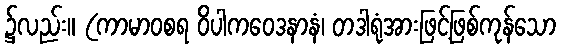
၌လည်း။ (ကာမာဝစရ ဝိပါကဝေဒနာနံ၊ တဒါရုံအားဖြင့်ဖြစ်ကုန်သော